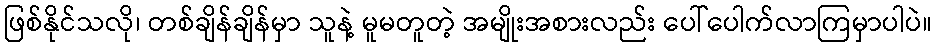
ဖြစ်နိုင်သလို၊ တစ်ချိန်ချိန်မှာ သူနဲ့ မူမတူတဲ့ အမျိုးအစားလည်း ပေါ်ပေါက်လာကြမှာပါပဲ။